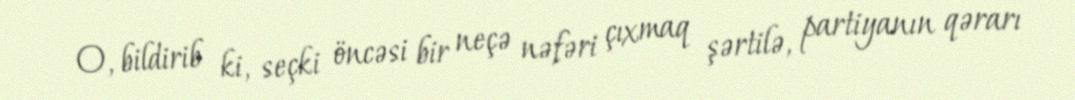
O, bildirib ki, seçki öncəsi bir neçə nəfəri çıxmaq şərtilə, partiyanın qərarı